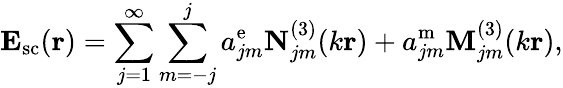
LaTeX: \mathbf{E}_{\mathrm{sc}}(\mathbf{r})=\sum_{j=1}^{\infty}\sum_{m=-j}^{j}a_{jm}^{\mathrm{e}}\mathbf{N}_{jm}^{(3)}(k\mathbf{r})+a_{jm}^{\mathrm{m}}\mathbf{M}_{jm}^{(3)}(k\mathbf{r}),